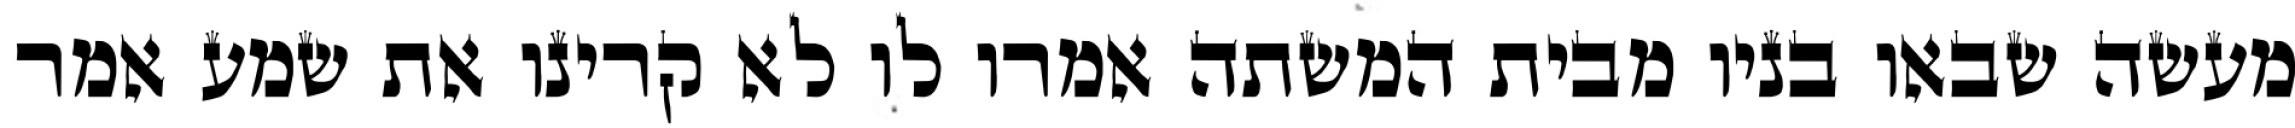
מעשה שבאו בניו מבית המשתה אמרו לו לא קרינו את שמע אמר